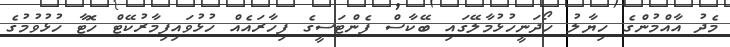
މެދު އާއްމުންގެ ހިޔާލު ހޯދަނީހުޅުމާލޭގައި ބޭކާސް ފެންޓަސީގެ ފިހާރައެއް ހުޅުވައިފިމާރުކޭޓް ހޮޓާ ހުޅުވުމުގެ